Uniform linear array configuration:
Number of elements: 4
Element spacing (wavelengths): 0.25
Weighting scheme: kaiser
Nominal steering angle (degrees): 45
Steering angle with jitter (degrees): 45.659
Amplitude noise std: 0.05
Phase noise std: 0.05

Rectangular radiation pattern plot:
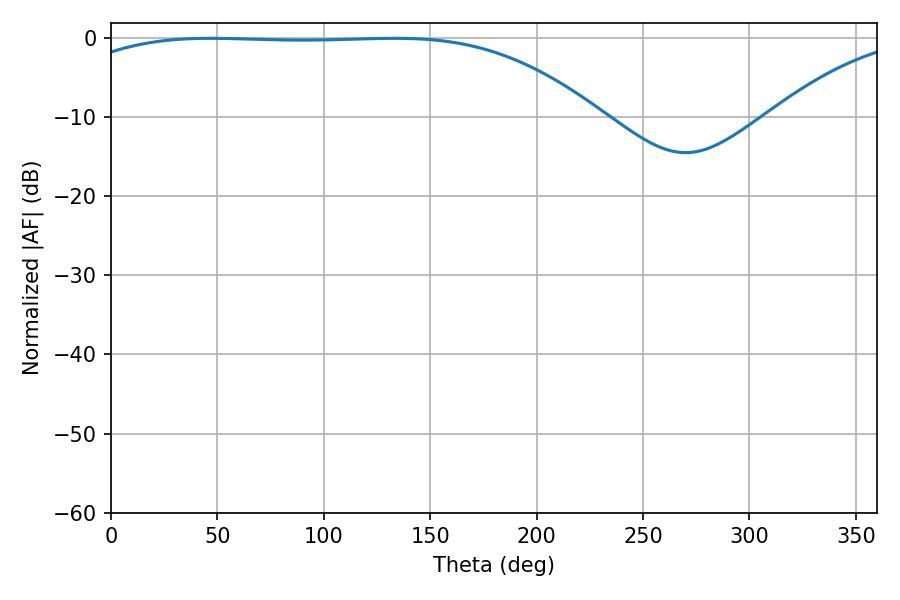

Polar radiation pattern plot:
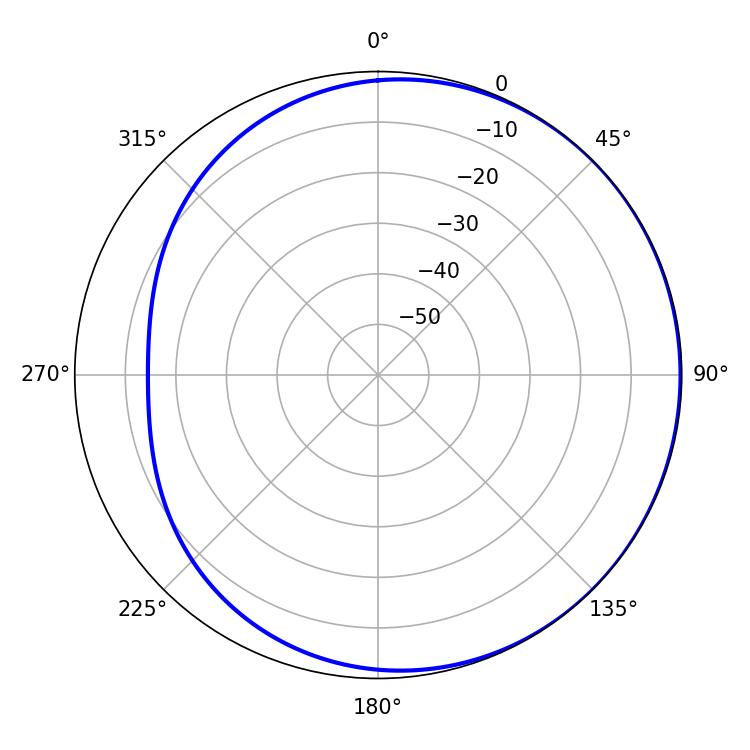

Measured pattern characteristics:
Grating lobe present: FALSE
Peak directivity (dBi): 0.824
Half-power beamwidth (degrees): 192.42
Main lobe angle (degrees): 46.8